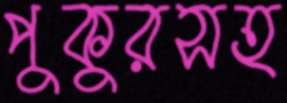
পুকুরসহ